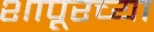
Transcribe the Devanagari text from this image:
शापूरच्या